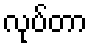
လုပ်တာ